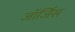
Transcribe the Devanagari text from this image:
जॉर्जिस